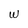
Character: w